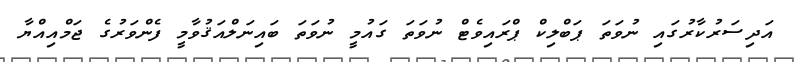
އަދިސަރުކާރުގައި ނުވަތަ ޕަބްލިކް ޕްރައިވެޓް ނުވަތަ ގައުމީ ނުވަތަ ބައިނަލްއަޤުވާމީ ފެންވަރުގެ ޖަމްއިއްޔާ